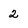
Character: 2